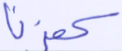
كفرنا